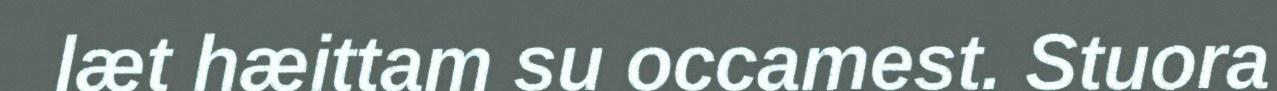
læt hæittam su occamest. Stuora